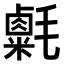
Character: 𣰮